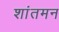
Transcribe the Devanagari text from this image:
शांतमन